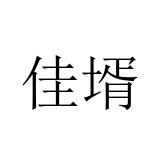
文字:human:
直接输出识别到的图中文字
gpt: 佳壻